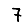
Digit: 7